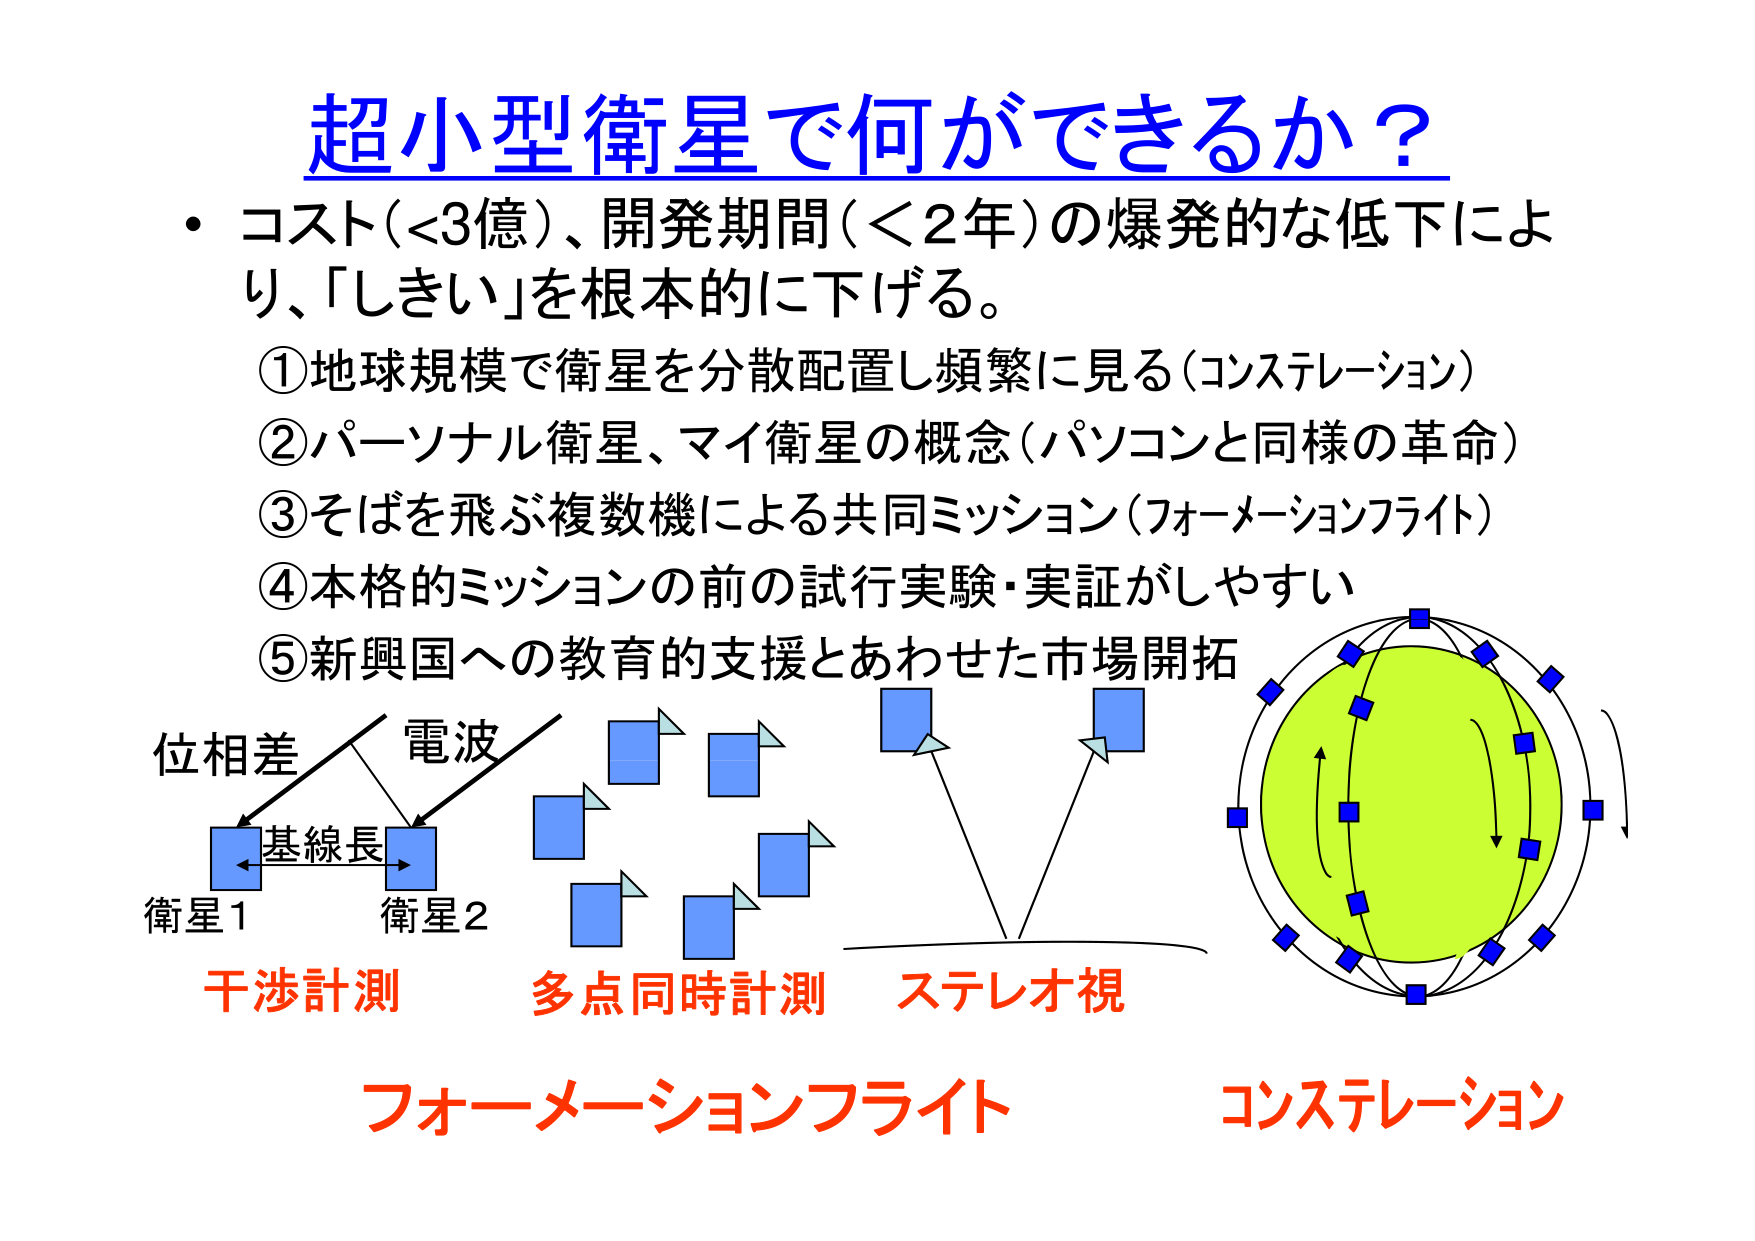
超小型衛星で何ができるか？

・コスト（<3億）、開発期間（<2年）の爆発的な低下により、「しきい」を根本的に下げる。

①地球規模で衛星を分散配置し頻繁に見る（コンステレーション）
②パーソナル衛星、マイ衛星の概念（パソコンと同様の革命）
③そばを飛ぶ複数機による共同ミッション（フォーメーションフライト）
④本格的ミッションの前の試行実験・実証がしやすい
⑤新興国への教育的支援とあわせた市場開拓

位相差
電波
基線長
衛星1 衛星2

干渉計測 多点同時計測 ステレオ視

フォーメーションフライト コンステレーション